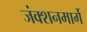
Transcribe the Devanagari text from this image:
जंक्शनमार्गे